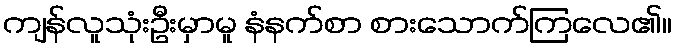
ကျန်လူသုံးဦးမှာမူ နံနက်စာ စားသောက်ကြလေ၏။